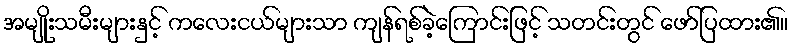
အမျိုးသမီးများနှင့် ကလေးငယ်များသာ ကျန်ရစ်ခဲ့ကြောင်းဖြင့် သတင်းတွင် ဖော်ပြထား၏။